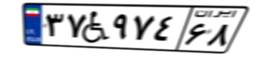
۳۷W۹۷۴۶۸